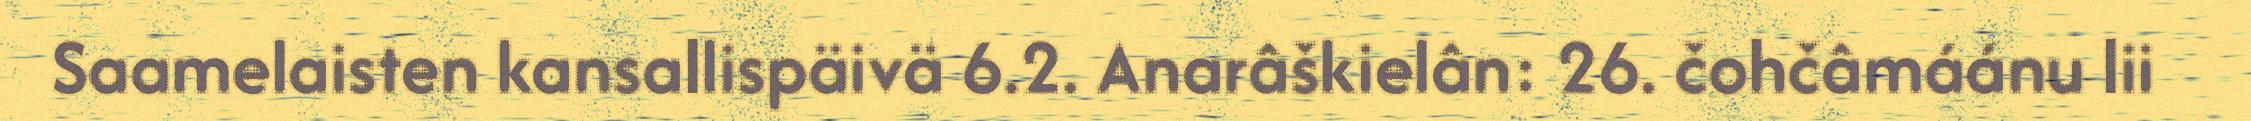
Saamelaisten kansallispäivä 6.2. Anarâškielân: 26. čohčâmáánu lii